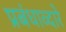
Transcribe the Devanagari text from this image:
प्रबंधाव्दारे